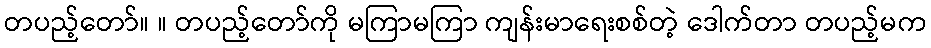
တပည့်တော်။ ။ တပည့်တော်ကို မကြာမကြာ ကျန်းမာရေးစစ်တဲ့ ဒေါက်တာ တပည့်မက